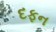
દફન